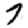
Digit: 7